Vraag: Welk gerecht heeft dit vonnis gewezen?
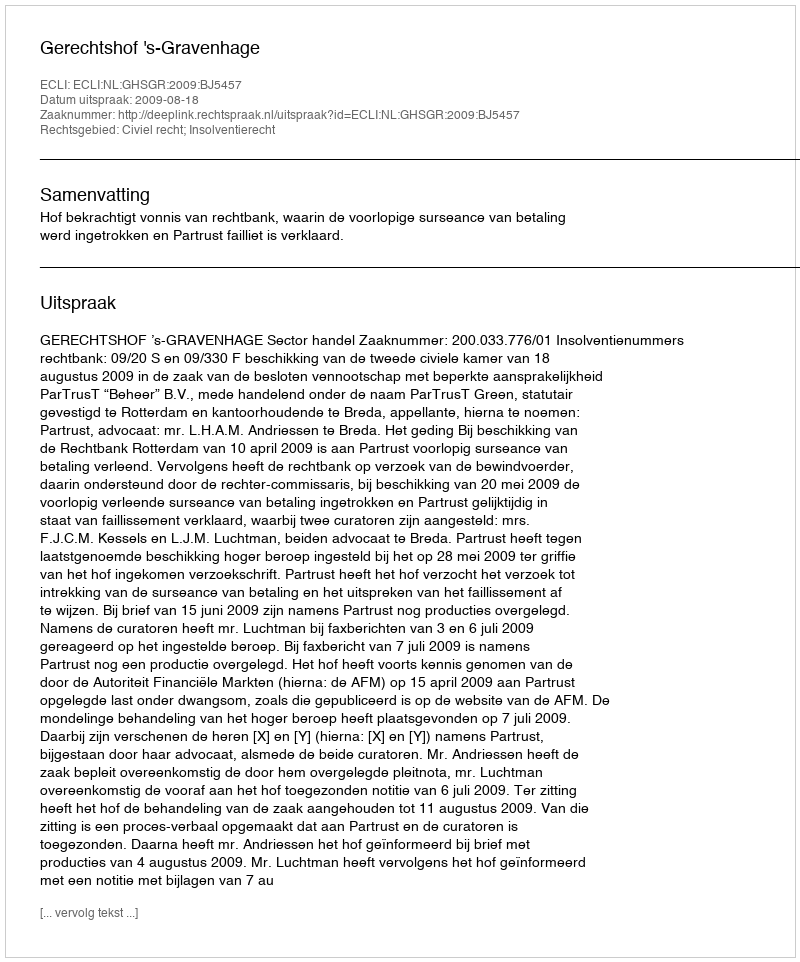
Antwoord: Gerechtshof 's-Gravenhage